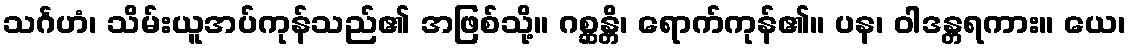
သင်္ဂဟံ၊ သိမ်းယူအပ်ကုန်သည်၏ အဖြစ်သို့။ ဂစ္ဆန္တိ၊ ရောက်ကုန်၏။ ပန၊ ဝါဒန္တရကား။ ယေ၊